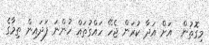
މިގޮތުން  އަށް އަދާ ކުރަން ޖެހޭ ހައްގުތައް ހުންނަ ފަދައިން ތިމާގެ